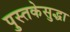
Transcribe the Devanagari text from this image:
पुस्तकेसुद्धा